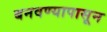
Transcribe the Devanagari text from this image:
बनवण्यापासून